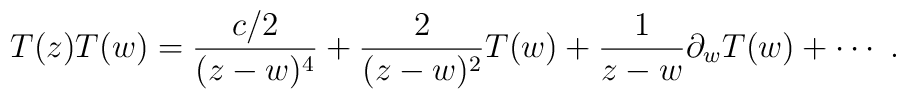
T(z) T(w) = \frac{{c}/{2}}{(z-w)^4}+       \frac{2}{(z-w)^2} T(w)+\frac{1}{z-w}        \partial_w T(w) +\cdots~.